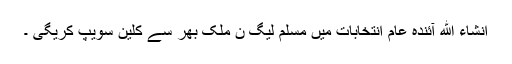
انشاء الله آئندہ عام انتخابات میں مسلم لیگ ن ملک بھر سے کلین سویپ کریگی ۔